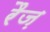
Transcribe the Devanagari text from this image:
रैज़